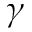
\gamma